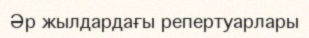
Әр жылдардағы репертуарлары